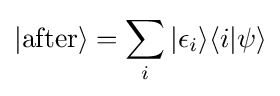
|{\text{after}}\rangle =\sum _{i}|\epsilon _{i}\rangle \langle i|\psi \rangle